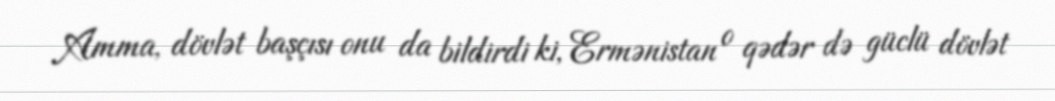
Amma, dövlət başçısı onu da bildirdi ki, Ermənistan o qədər də güclü dövlət